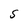
Character: S